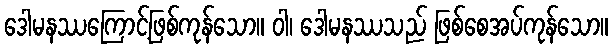
ဒေါမနဿကြောင့်ဖြစ်ကုန်သော။ ဝါ၊ ဒေါမနဿသည် ဖြစ်စေအပ်ကုန်သော။